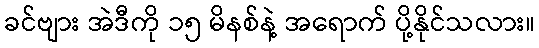
ခင်ဗျား အဲဒီကို ၁၅ မိနစ်နဲ့ အရောက် ပို့နိုင်သလား။